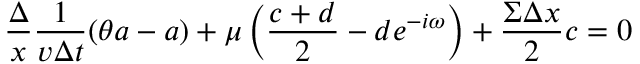
\frac { \Delta } { x } \frac { 1 } { v \Delta t } ( \theta a - a ) + \mu \left( \frac { c + d } { 2 } - d e ^ { - i \omega } \right) + \frac { \Sigma \Delta x } { 2 } c = 0